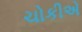
ચોકીએ